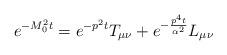
LaTeX: \begin{align*}e^{-M_{0}^{2}t} = e^{-p^{2}t} T_{\mu\nu} +e^{-\frac{p^{4}t}{\alpha^2}}L_{\mu\nu}\end{align*}